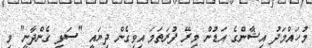
މުހައްމަދު އިޝާންގެ އަޑުން މިރޭ ފުރަތަމަ އިވިގެން ދިޔައީ "ސަޅި ގެންދާނީ" މި